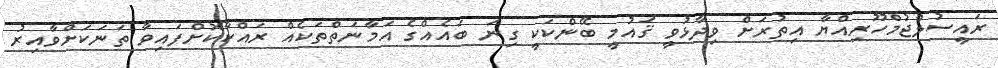
ރައީސުލްޖުމްހޫރިއްޔާ އިތުރަށް ވިދާޅުވީ ޤައުމީ ބޭންކަކީ ގިނަ ބައެއްގެ އަމާނަތްތަކެއް ރައްކާކޮށްފައިވާ ތަނަކަށްވާއިރު